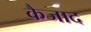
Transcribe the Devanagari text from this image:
कैजाद